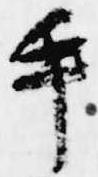
手